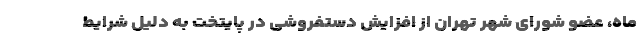
ماه، عضو شورای شهر تهران از افزایش دستفروشی در پایتخت به دلیل شرایط